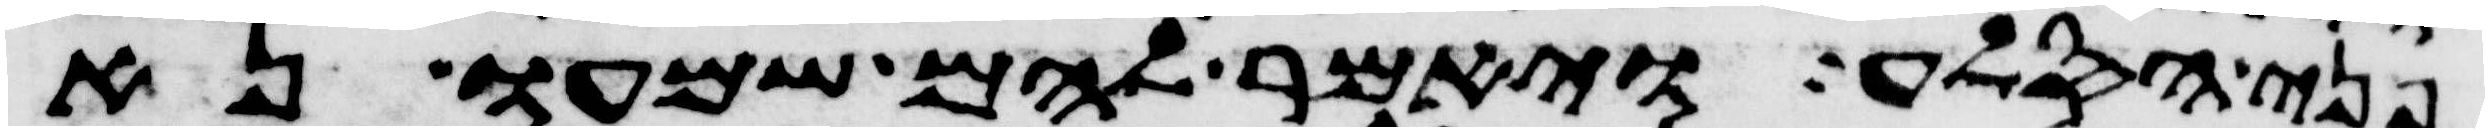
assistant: פני הסלע ויאמר להם שמעו נא